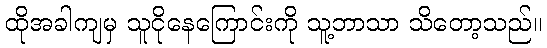
ထိုအခါကျမှ သူငိုနေကြောင်းကို သူ့ဘာသာ သိတော့သည်။